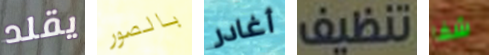
يقلد بالصور أغادر تنظيف شفا